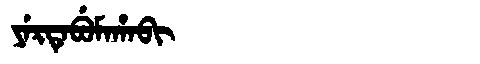
Manchu: ᠶᡝᡵᡨᡝᠪᡠᠮᠠᡥᠠᠪᡳ
Romanization: YERTEBUMAHABI